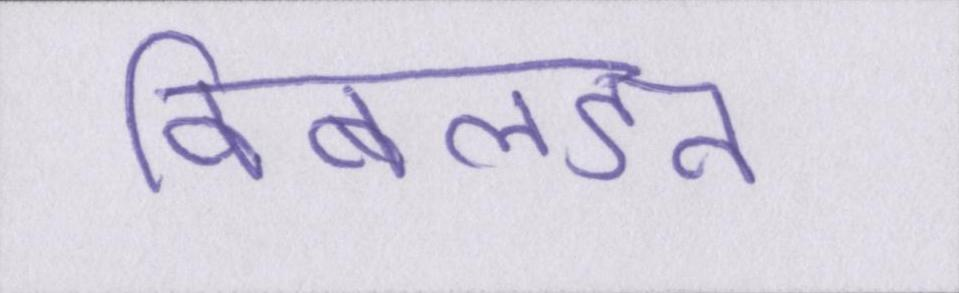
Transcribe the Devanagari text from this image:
विंबलडन